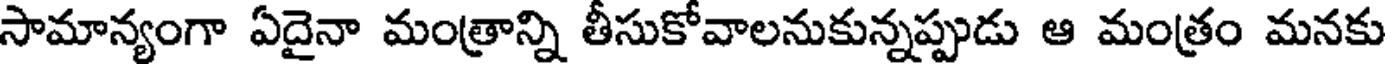
సామాన్యంగా ఏదైనా మంత్రాన్ని తీసుకోవాలనుకున్నప్పుడు ఆ మంత్రం మనకు